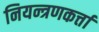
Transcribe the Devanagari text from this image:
नियन्त्रणकर्त्ता